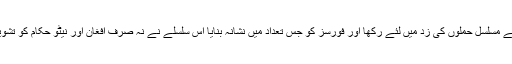
گزشتہ دو برسوں کے عرصے میں داعش نے شمالی و وسطی اور مشرقی افغانستان کو جس تواتر سے مسلسل حملوں کی زد میں لئے رکھا اور فورسز کو جس تعداد میں نشانہ بنایا اس سلسلے نے نہ صرف افغان اور نیٹو حکام کو تشویش میں مبتلا کئے رکھا بلکہ پاکستان اور وسطی ایشیائی ریاستوں کو بھی مسلسل تشویش لاحق رہی۔